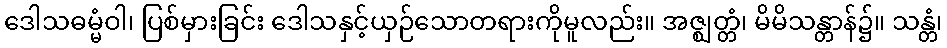
ဒေါသဓမ္မံဝါ၊ ပြစ်မှားခြင်း ဒေါသနှင့်ယှဉ်သောတရားကိုမူလည်း။ အဇ္ဈတ္တံ၊ မိမိသန္တာန်၌။ သန္တံ၊